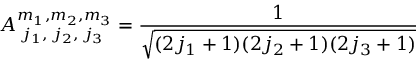
A _ { \; j _ { 1 } , \; j _ { 2 } , \; j _ { 3 } } ^ { m _ { 1 } , m _ { 2 } , m _ { 3 } } = \frac { 1 } { \sqrt { ( 2 j _ { 1 } + 1 ) ( 2 j _ { 2 } + 1 ) ( 2 j _ { 3 } + 1 ) } }